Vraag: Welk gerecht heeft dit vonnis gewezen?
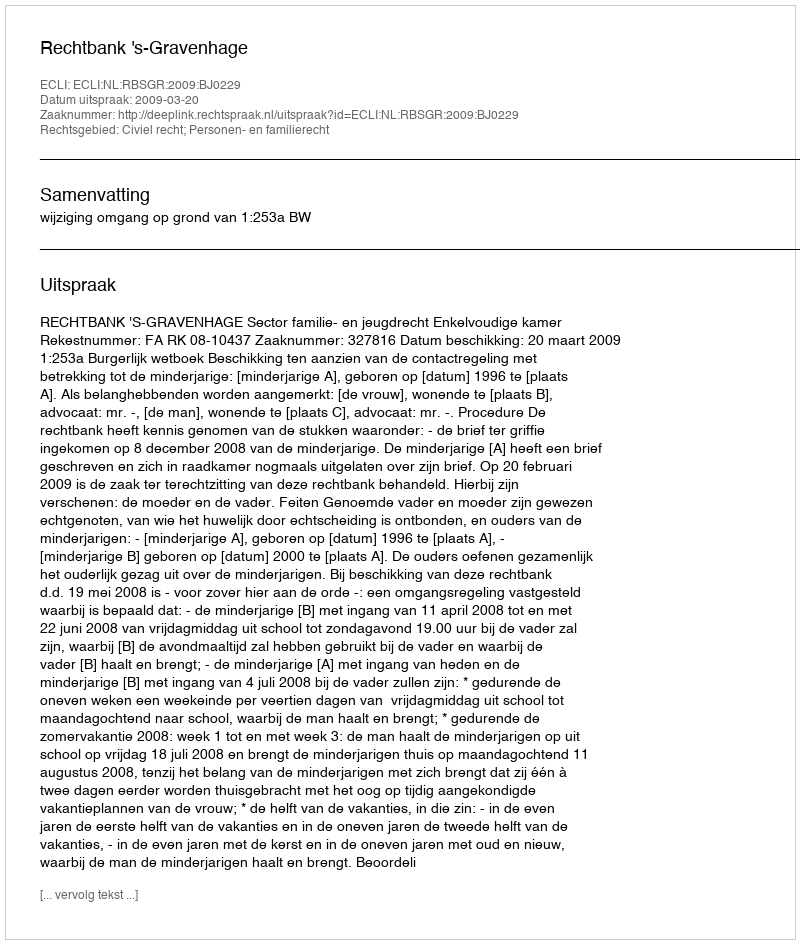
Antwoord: Rechtbank 's-Gravenhage